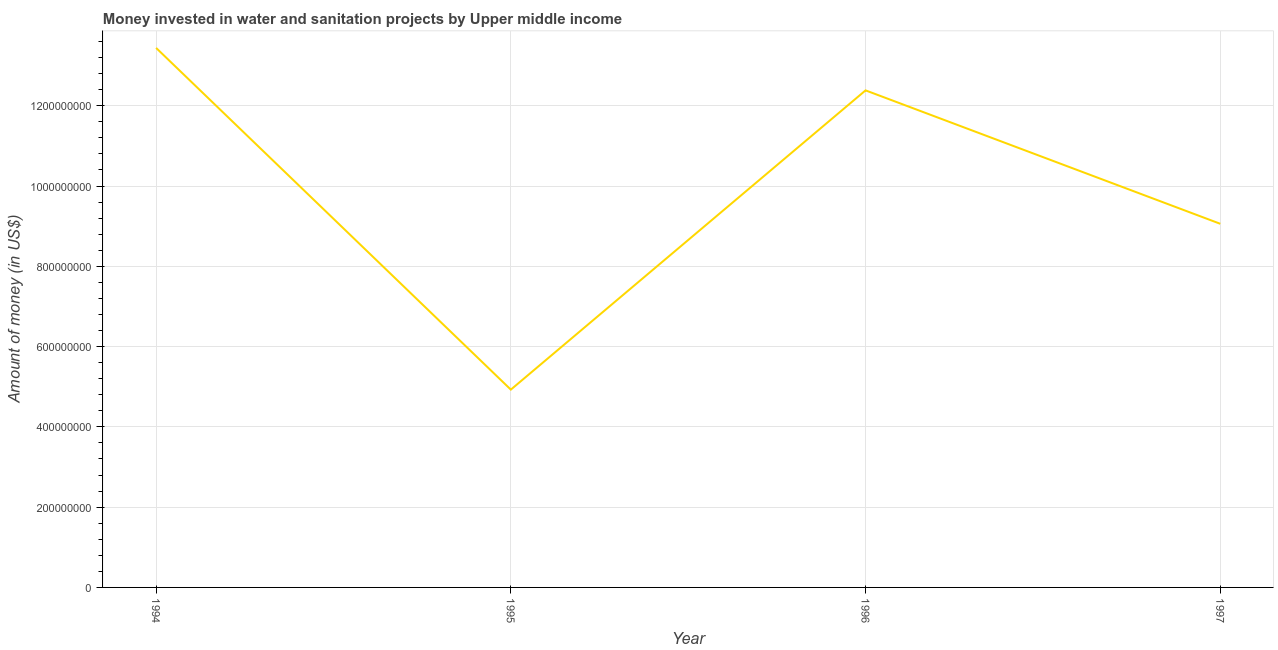
| Year | Investment |
 | --- | --- |
 | 1994 | 1.34e+09 |
 | 1995 | 4.93e+08 |
 | 1996 | 1.24e+09 |
 | 1997 | 9.06e+08 |